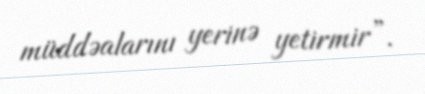
müddəalarını yerinə yetirmir”.